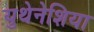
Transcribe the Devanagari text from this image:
युथेनेशिया